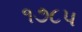
૧૭૮૫